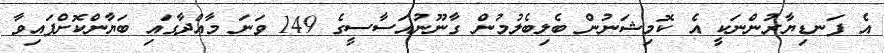
އެ ފަނޑިޔާރުންނަކީ އެ ކޮމިޝަނުން ބެލިބެލުމުން ގާނޫނުއަސާސީގެ 149 ވަނަ މާއްދާގައި ބަޔާންކޮށްފައިވާ